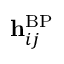
\mathbf { h } _ { i j } ^ { \mathrm { B P } }